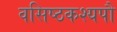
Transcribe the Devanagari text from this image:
वसिष्ठकश्यपौ